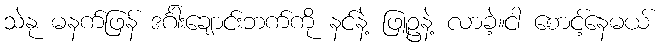
သဲနု မနက်ဖြန် ဒင်္ဂါးချောင်းဘက်ကို နင်နဲ့ ဖြူဥနဲ့ လာခဲ့။ငါ စောင့်နေမယ်